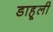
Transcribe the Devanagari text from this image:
डाहूली